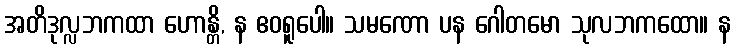
အတိဒုလ္လဘကထာ ဟောန္တိ, န ဧဝရူပေါ။ သမဏော ပန ဂေါတမော သုလဘကထော။ န